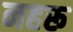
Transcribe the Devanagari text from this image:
नहरू